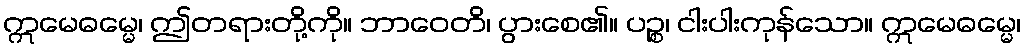
ဣမေဓမ္မေ၊ ဤတရားတို့ကို။ ဘာဝေတိ၊ ပွားစေ၏။ ပဉ္စ၊ ငါးပါးကုန်သော။ ဣမေဓမ္မေ၊